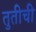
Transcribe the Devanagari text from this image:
तुतीची